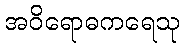
အဝိရောဓကရေသု